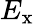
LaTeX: E_{\mathrm{x}}